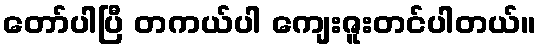
တော်ပါပြီ တကယ်ပါ ကျေးဇူးတင်ပါတယ်။